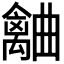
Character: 𣍗